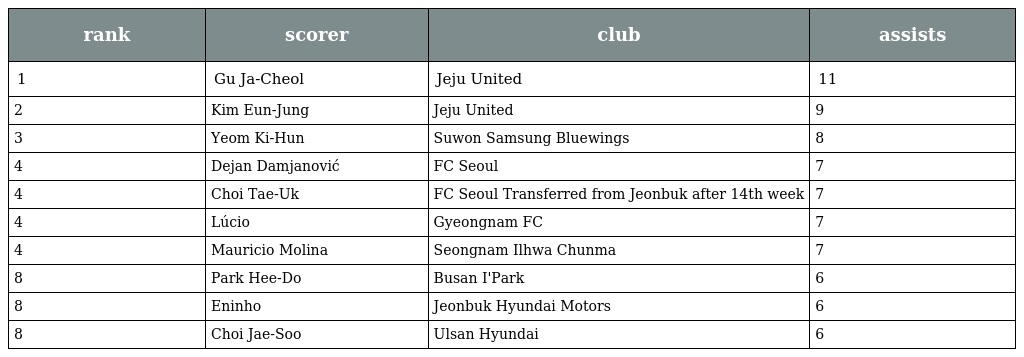
| rank | scorer | club | assists |
 | --- | --- | --- | --- |
 | 1 | Gu Ja-Cheol | Jeju United | 11 |
 | 2 | Kim Eun-Jung | Jeju United | 9 |
 | 3 | Yeom Ki-Hun | Suwon Samsung Bluewings | 8 |
 | 4 | Dejan Damjanović | FC Seoul | 7 |
 | 4 | Choi Tae-Uk | FC Seoul Transferred from Jeonbuk after 14th week | 7 |
 | 4 | Lúcio | Gyeongnam FC | 7 |
 | 4 | Mauricio Molina | Seongnam Ilhwa Chunma | 7 |
 | 8 | Park Hee-Do | Busan I'Park | 6 |
 | 8 | Eninho | Jeonbuk Hyundai Motors | 6 |
 | 8 | Choi Jae-Soo | Ulsan Hyundai | 6 |